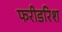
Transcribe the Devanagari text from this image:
फरीडरिश